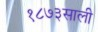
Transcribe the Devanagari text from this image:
१८७३साली